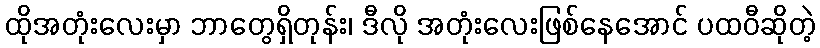
ထိုအတုံးလေးမှာ ဘာတွေရှိတုန်း၊ ဒီလို အတုံးလေးဖြစ်နေအောင် ပထဝီဆိုတဲ့